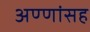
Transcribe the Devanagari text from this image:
अण्णांसह